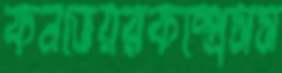
কনভেয়রকম্প্রেসস